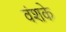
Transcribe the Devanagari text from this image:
वंशके